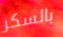
بالسكر